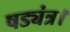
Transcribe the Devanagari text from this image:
षड्यंत्र।